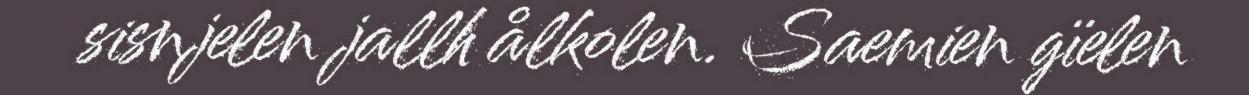
sisnjelen jallh ålkolen. Saemien gïelen